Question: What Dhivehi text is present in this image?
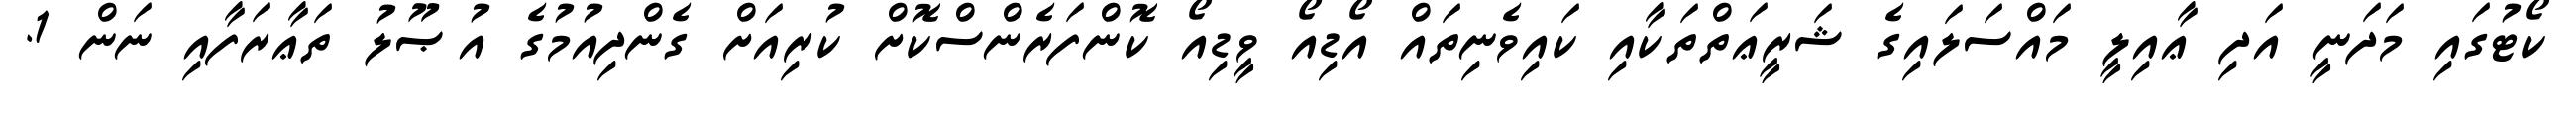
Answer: ކޯޓުގައި މަދަނީ އަދި ޢާއިލީ މައްސަލައިގެ ޝަރީޢަތްތަކާއި ކައިވެނިތައް އޯޑިއޯ ވީޑިއޯ ކޮންފަރެންސްކޮށް ކުރިއަށް ގެންދިއުމުގެ އުޞޫލު ތަޢާރަފާއި ނަން 1.